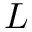
L